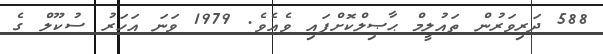
588 ދަރިވަރުން ތައުލީމް ޙާޞިލްކޮށްފައި ވެއެވެ. 1979 ވަނަ އަހަރު ސުކޫލް ގެ